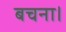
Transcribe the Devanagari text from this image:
बचना।